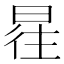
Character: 𰖿